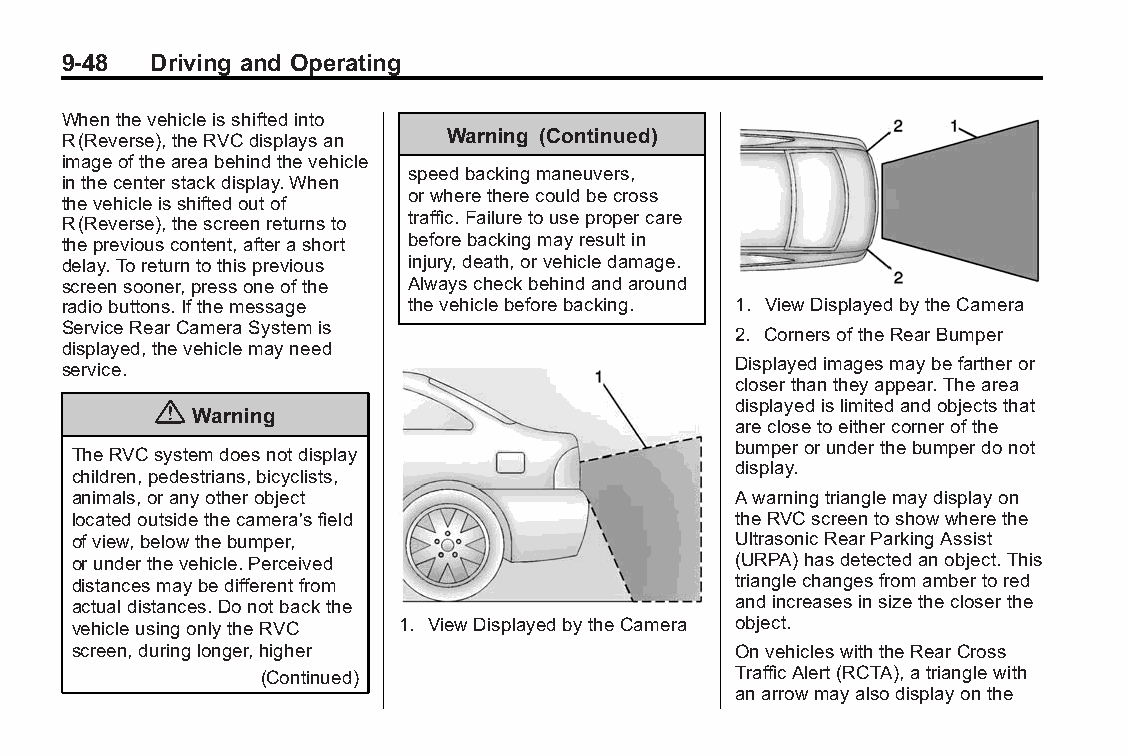
Buick LaCrosse Owner Manual (GMNA-Localizing-U.S./Canada/Mexico- Blackplate(48,1)
 6043609)-2014-2ndEdition-10/17/13
 9-48  Driving and Operating
 Whenthevehicleisshiftedinto
 R(Reverse),theRVCdisplaysan Warning (Continued)
 imageoftheareabehindthevehicle
 speedbackingmaneuvers,
 inthecenterstackdisplay.When
 orwheretherecouldbecross
 thevehicleisshiftedoutof
 R(Reverse),thescreenreturnsto traffic.Failuretousepropercare
 thepreviouscontent,afterashort beforebackingmayresultin
 delay.Toreturntothisprevious injury,death,orvehicledamage.
 screensooner,pressoneofthe Alwayscheckbehindandaround
 radiobuttons.Ifthemessage thevehiclebeforebacking. 1. ViewDisplayedbytheCamera
 ServiceRearCameraSystemis
 2. CornersoftheRearBumper
 displayed,thevehiclemayneed
 service.                                    Displayedimagesmaybefartheror
 closerthantheyappear.Thearea
 {                                     displayedislimitedandobjectsthat
 Warning
 areclosetoeithercornerofthe
 bumperorunderthebumperdonot
 TheRVCsystemdoesnotdisplay
 display.
 children,pedestrians,bicyclists,
 animals,oranyotherobject                    Awarningtrianglemaydisplayon
 locatedoutsidethecamera'sfield              theRVCscreentoshowwherethe
 ofview,belowthebumper,                      UltrasonicRearParkingAssist
 orunderthevehicle.Perceived                 (URPA)hasdetectedanobject.This
 distancesmaybedifferentfrom                 trianglechangesfromambertored
 actualdistances.Donotbackthe                andincreasesinsizethecloserthe
 vehicleusingonlytheRVC 1. ViewDisplayedbytheCamera object.
 screen,duringlonger,higher                  OnvehicleswiththeRearCross
 (Continued)                    TrafficAlert(RCTA),atrianglewith
 anarrowmayalsodisplayonthe